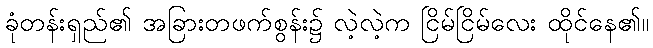
ခုံတန်းရှည်၏ အခြားတဖက်စွန်း၌ လဲ့လဲ့က ငြိမ်ငြိမ်လေး ထိုင်နေ၏။